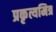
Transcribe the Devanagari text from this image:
प्रकृत्यमित्र